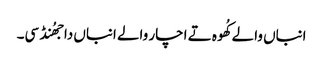
انباں والے کُھوہ تے اچار والے انباں دا جھُنڈ سی۔